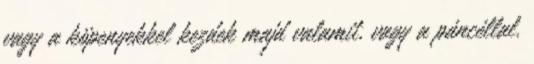
vagy a köpenyekkel kezdek majd valamit, vagy a páncéllal.